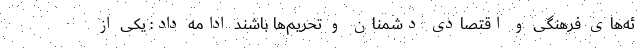
ئه‌های فرهنگی و اقتصادی دشمنان و تحریم‌ها باشند ادامه داد: یکی از